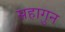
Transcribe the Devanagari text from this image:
सहागुन